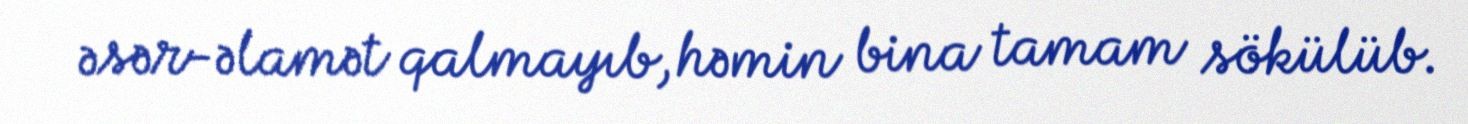
əsər-əlamət qalmayıb, həmin bina tamam sökülüb.